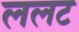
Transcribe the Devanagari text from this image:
ललट